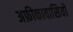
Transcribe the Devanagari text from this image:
अफ्रीकावासियों